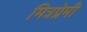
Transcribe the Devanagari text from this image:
मित्रप्रेमी